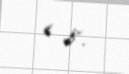
< 8.